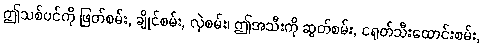
ဤသစ်ပင်ကို ဖြတ်စမ်း, ချိုင်စမ်း, လှဲစမ်း၊ ဤအသီးကို ဆွတ်စမ်း, ငရုတ်သီးထောင်းစမ်း,